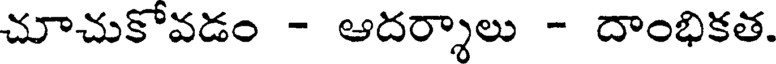
చూచుకోవడం - ఆదర్శాలు - దాంభికత.